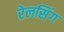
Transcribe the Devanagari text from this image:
रेलसिंग